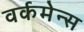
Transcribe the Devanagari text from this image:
वर्कमेन्स